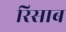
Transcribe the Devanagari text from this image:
रिसाब